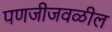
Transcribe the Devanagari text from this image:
पणजीजवळील